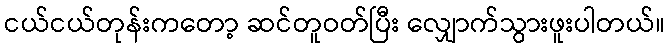
ငယ်ငယ်တုန်းကတော့ ဆင်တူဝတ်ပြီး လျှောက်သွားဖူးပါတယ်။